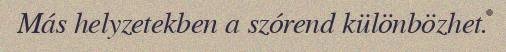
Más helyzetekben a szórend különbözhet.